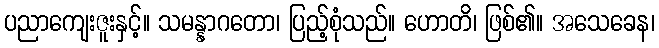
ပညာကျေးဇူးနှင့်။ သမန္နာဂတော၊ ပြည့်စုံသည်။ ဟောတိ၊ ဖြစ်၏။ အသေခေန၊